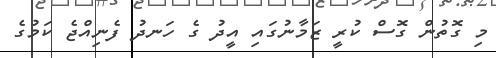
މި ގޮތުން ގޮސް ކުރީ ޒަމާނުގައި އީދު ގެ ހަނދު ފެނިއްޖެ ކަމުގެ